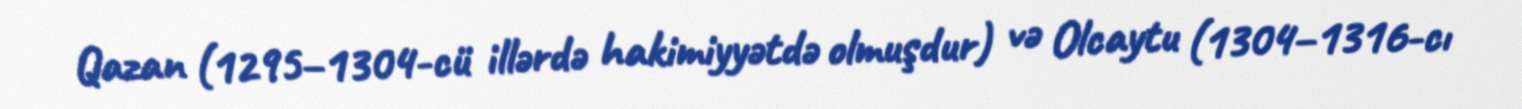
Qazan (1295–1304-cü illərdə hakimiyyətdə olmuşdur) və Olcaytu (1304–1316-cı